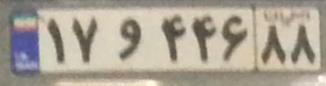
۱۷و۴۴۶۸۸